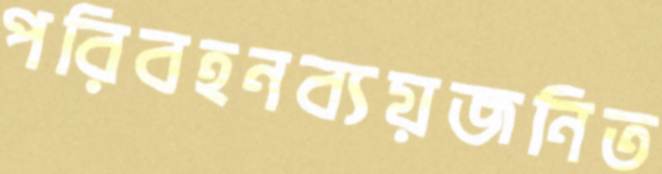
পরিবহনব্যয়জনিত